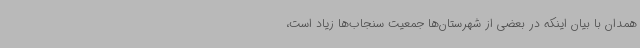
همدان با بیان اینکه در بعضی از شهرستان‌ها جمعیت سنجاب‌ها زیاد است،